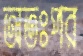
অতঃপর